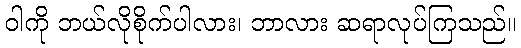
ဝါကို ဘယ်လိုစိုက်ပါလား၊ ဘာလား ဆရာလုပ်ကြသည်။